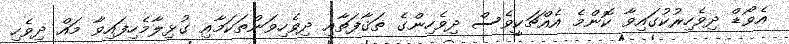
އެވޯޑް ދިވެހިރުކުގައިވާ ކޮންމެ އެއްޗަކީވެސް ދިވެހިންގެ ޡަޤާފަތާއި ދިވެހިވަންތަކަމާއި ގުޅިލާމެހިފައިވާ މައް ދިވެހި